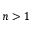
n > 1